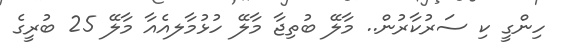
ހިންގީ ކި ސަރުކާރުން.. މާލޭ ބުތިޖާ މާލޭ ހުޅުމާލއެއާ މާލޭ 25 ބުރީގެ